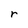
Character: r